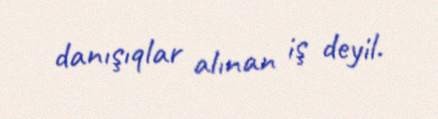
danışıqlar alınan iş deyil.